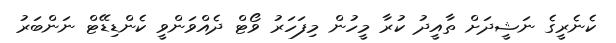
ކެނެރީގެ ނަޝީދަށް ތާއީދު ކުރާ މީހުން މިފަހަރު ވޯޓް ދެއްވަންވީ ކެންޑިޑޭޓް ނަންބަރު